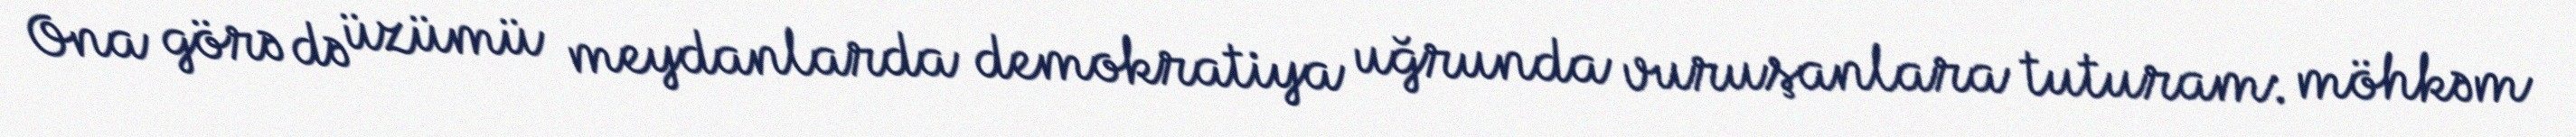
Ona görə də üzümü meydanlarda demokratiya uğrunda vuruşanlara tuturam: möhkəm